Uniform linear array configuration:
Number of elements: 48
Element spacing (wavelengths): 0.25
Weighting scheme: exponential
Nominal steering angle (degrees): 15
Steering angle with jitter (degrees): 16.53
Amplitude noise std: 0.05
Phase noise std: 0.05

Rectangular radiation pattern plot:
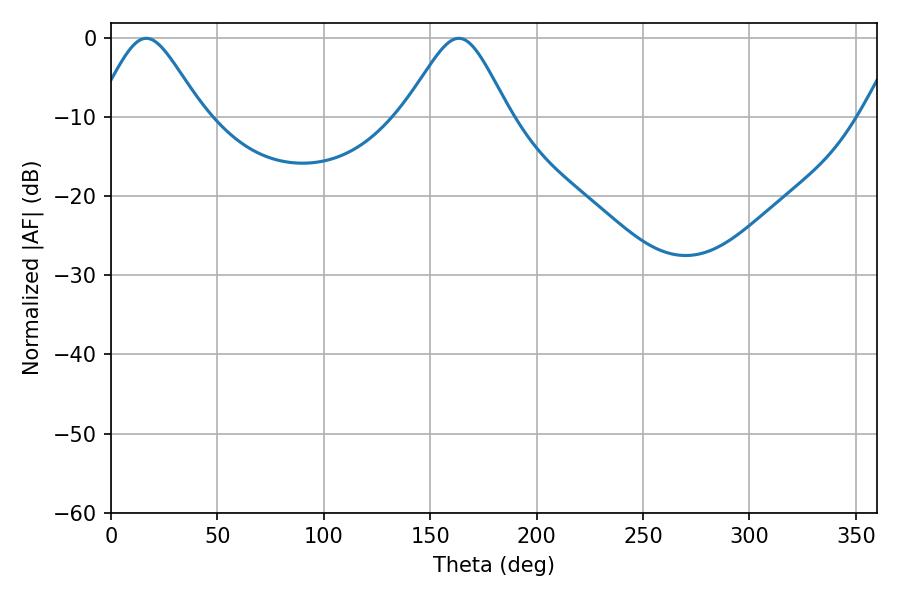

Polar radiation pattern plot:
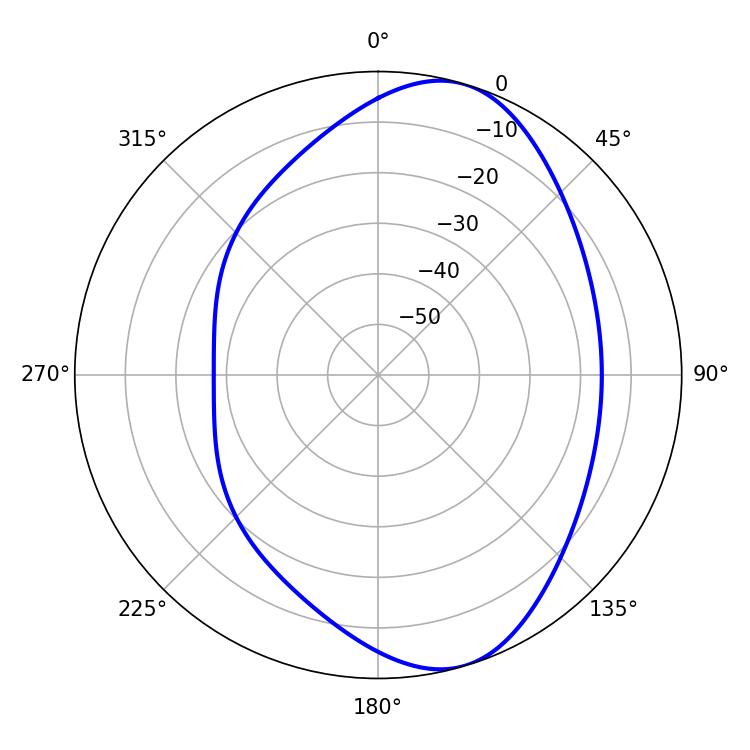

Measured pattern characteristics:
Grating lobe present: FALSE
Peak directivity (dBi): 7.877
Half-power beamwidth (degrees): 24.3
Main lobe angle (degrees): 16.56